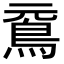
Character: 䲶